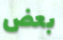
بعض